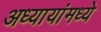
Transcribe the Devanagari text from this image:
अध्यायांमध्ये